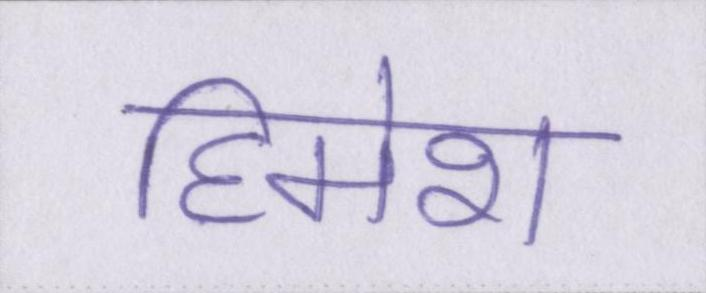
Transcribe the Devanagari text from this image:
हिमेश